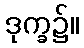
ဒုက္ခ၌။